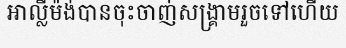
អាល្លឺម៉ង់បានចុះចាញ់សង្គ្រាមរួចទៅហើយ